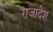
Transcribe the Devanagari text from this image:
राजादेश